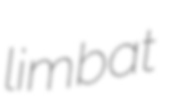
limbat